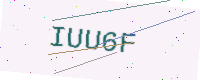
Text: IUU6F